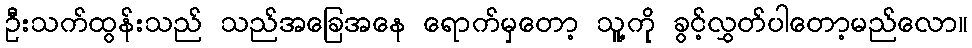
ဦးသက်ထွန်းသည် သည်အခြေအနေ ရောက်မှတော့ သူ့ကို ခွင့်လွှတ်ပါတော့မည်လော။